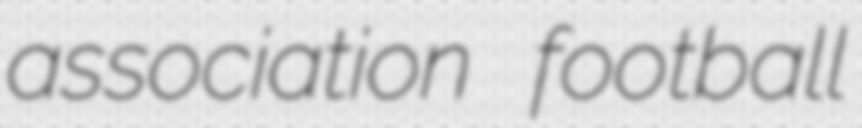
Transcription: association football